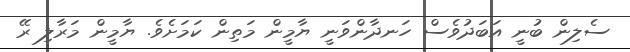
ސެލިން ބުނީ އަބަދުވެސް ހަނދާންވަނީ ޔާމީން މަތިން ކަމަށެވެ. ޔާމީން މަރާލި ރޭ